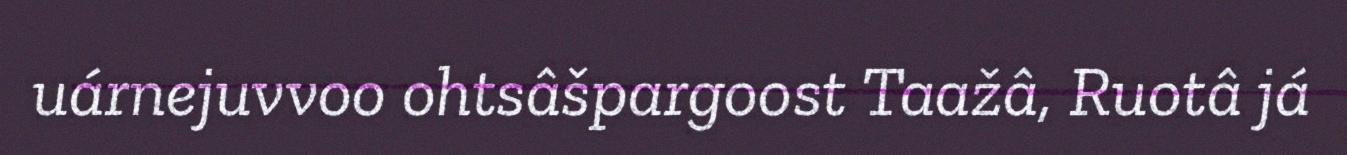
uárnejuvvoo ohtsâšpargoost Taažâ, Ruotâ já